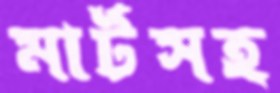
মার্টসহ